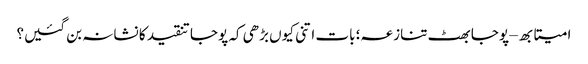
امیتابھ – پوجا بھٹ تنازعہ؛ بات اتنی کیوں بڑھی کہ پوجا تنقید کا نشانہ بن گئیں؟